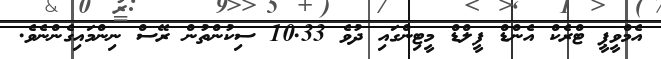
އެމްވީޕީ ޓްރެކް އެންޑް ފީލްޑް މީޓިންގައި ދުވެ 10.33 ސިކުންތުން ރޭސް ނިންމައިގެންނެވެ.